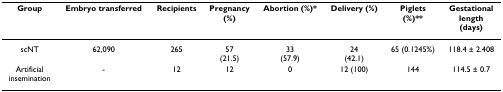
| Group | Embryo transferred | Recipients | Pregnancy(%) | Abortion (%)* | Delivery (%) | Piglets(%)** | Gestationallength(days) |
 | --- | --- | --- | --- | --- | --- | --- | --- |
 | scNT | 62,090 | 265 | 57(21.5) | 33(57.9) | 24(42.1) | 65 (0.1245%) | 118.4 ± 2.408 |
 | Artificialinsemination | - | 12 | 12 | 0 | 12 (100) | 144 | 114.5 ± 0.7 |